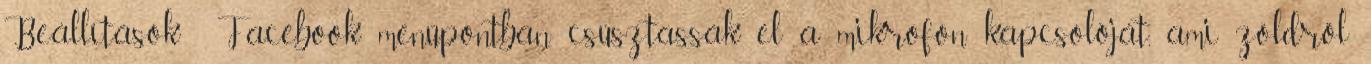
Beállítások Facebook menüpontban csúsztassák el a mikrofon kapcsolóját, ami zöldről